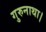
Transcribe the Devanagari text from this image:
गुरुनाथा।